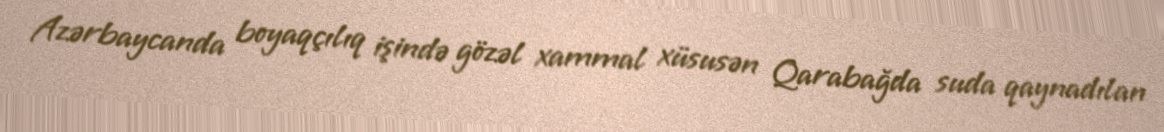
Azərbaycanda boyaqçılıq işində gözəl xammal xüsusən Qarabağda suda qaynadılan